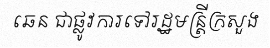
ឆេន ជាផ្លូវការទៅរដ្ឋមន្ត្រីក្រសួង